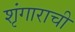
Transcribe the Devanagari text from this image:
शृंगाराची